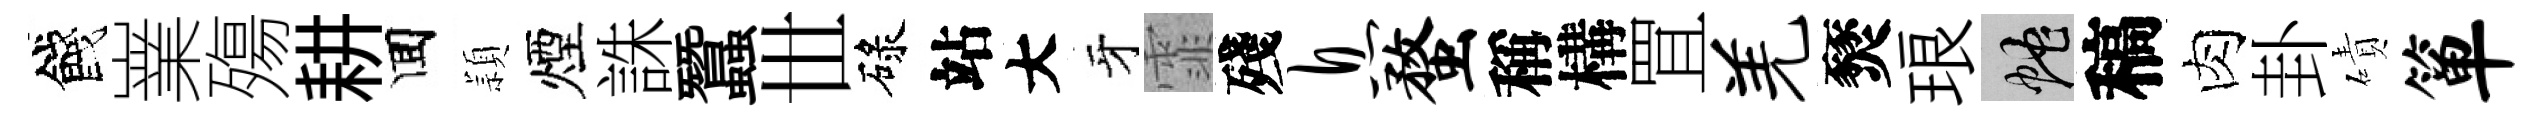
餞嶪殤耕囬頴煙誅蠶𠀍碌站大牙霏殘息蝥稱構罝羌燹琅蛇稿肉卦磧箪